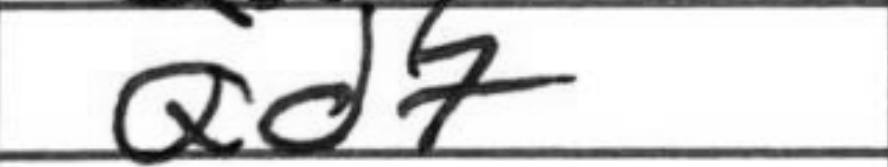
Transcription: Qd7